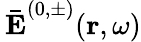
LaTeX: \mathbf{\, \bar{E}}^{(0,\pm)}(\mathbf{r},\omega)